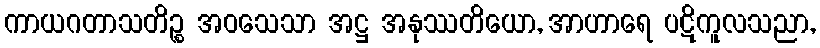
ကာယဂတာသတိဉ္စ အဝသေသာ အဋ္ဌ အနုဿတိယော, အာဟာရေ ပဋိကူလသညာ,